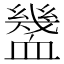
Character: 𧗓